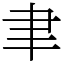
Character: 聿